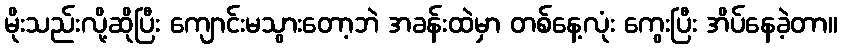
မိုးသည်းလို့ဆိုပြီး ကျောင်းမသွားတော့ဘဲ အခန်းထဲမှာ တစ်နေ့လုံး ကွေးပြီး အိပ်နေခဲ့တာ။